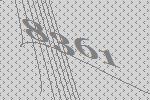
8361